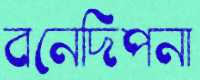
বনেদিপনা